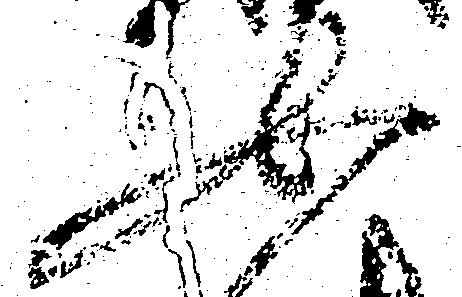
如